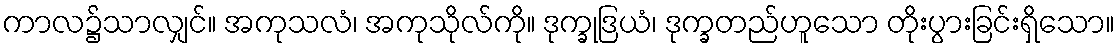
ကာလ၌သာလျှင်။ အကုသလံ၊ အကုသိုလ်ကို။ ဒုက္ခုဒြယံ၊ ဒုက္ခတည်ဟူသော တိုးပွားခြင်းရှိသော။